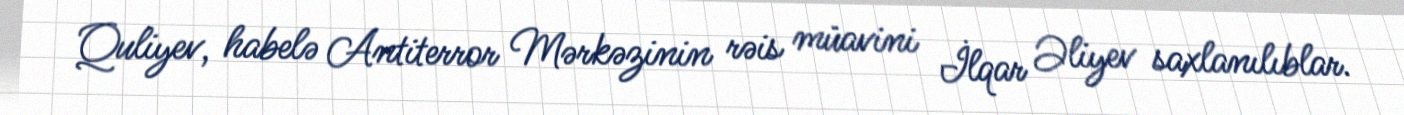
Quliyev, habelə Antiterror Mərkəzinin rəis müavini İlqar Əliyev saxlanılıblar.